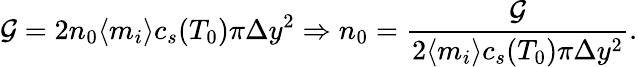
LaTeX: \mathcal{G}=2n_{0}\langle m_{i}\rangle c_{s}(T_{0})\pi\Delta y^{2}\Rightarrow n_{0}=\frac{\mathcal{G}}{2\langle m_{i}\rangle c_{s}(T_{0})\pi\Delta y^{2}}.